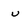
Character: u